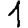
Digit: 1